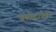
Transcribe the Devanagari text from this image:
प्रसादापैकी